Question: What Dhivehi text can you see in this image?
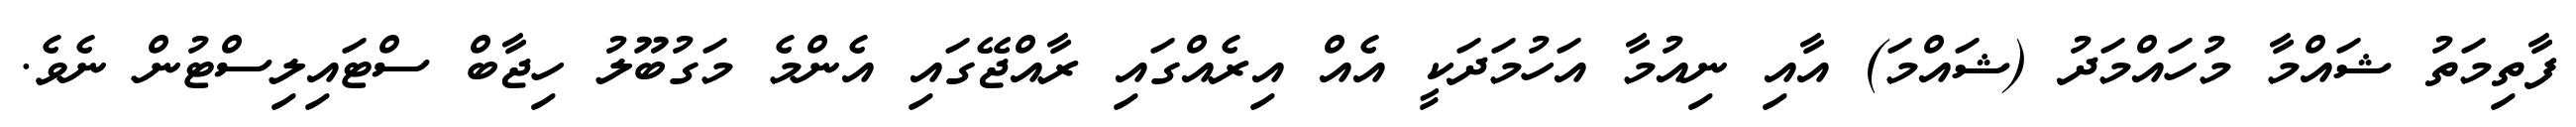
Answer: ފާތިމަތު ޝައްމާ މުހައްމަދު (ޝައްމަ) އާއި ނިއުމާ އަހުމަދަކީ އެއް އިރެއްގައި ރާއްޖޭގައި އެންމެ މަގުބޫލު ހިޖާބް ސްޓައިލިސްޓުން ނެވެ.